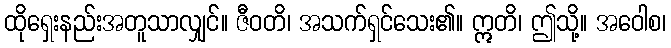
ထိုရှေးနည်းအတူသာလျှင်။ ဇီဝတိ၊ အသက်ရှင်သေး၏။ ဣတိ၊ ဤသို့။ အဝေါစ၊